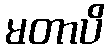
မတာပိ